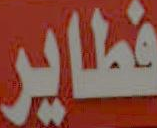
فطاير